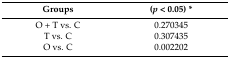
<table><thead><tr><td><b>Groups</b></td><td><b>(<i>p</i> &lt; 0.05) *</b></td></tr></thead><tbody><tr><td>O + T vs. C</td><td>0.270345</td></tr><tr><td>T vs. C</td><td>0.307435</td></tr><tr><td>O vs. C</td><td>0.002202</td></tr></tbody></table>